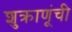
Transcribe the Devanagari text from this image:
शुक्राणूंची